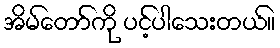
အိမ်တော်ကို ပင့်ပါသေးတယ်။